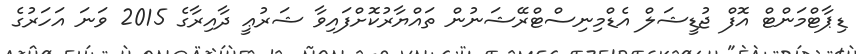
ޑިޕާޓްމަންޓް އޮފް ޖުޑީޝަލް އެޑްމިނިސްޓްރޭޝަނުން ތައްޔާރުކޮށްފައިވާ ޝަރުޢީ ދާއިރާގެ 2015 ވަނަ އަހަރުގެ